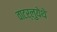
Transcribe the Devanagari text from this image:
वाटर्लुयेथे